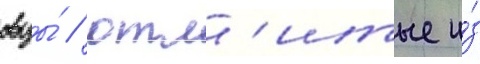
овцы́ / отл'итые и́з